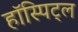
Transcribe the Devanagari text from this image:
हॉस्पिट्ल